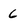
Character: 6